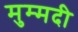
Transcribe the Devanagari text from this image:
मुम्मदी